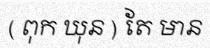
( ពុក ឃុន ) តែ មាន